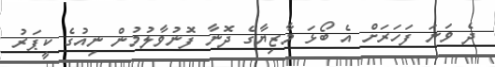
ދެ ވަނަ ފަހަރަށް އެ ބޯޅަ މާޒިޔާގެ ދޮނާ ފޮނުވާލުމުން ނިއުގެ ކީޕަރު